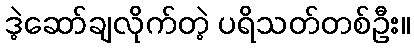
ဒဲ့ဆော်ချလိုက်တဲ့ ပရိသတ်တစ်ဦး။